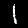
Label: 1